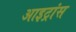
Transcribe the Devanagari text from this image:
आइट्रांस